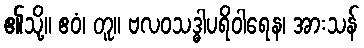
၏သို့။ ဧဝံ၊ တူ။ ဗလဝသဒ္ဓါပရိဝါရေန၊ အားသန်